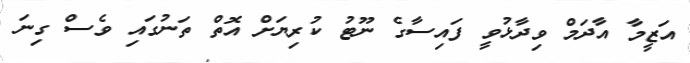
އަޒީމާ އާދަމް ވިދާޅުވީ ފައިސާގެ ނޫޓު ކުރިޔަށް އޮތް ތަނުގައި ވެސް ގިނަ